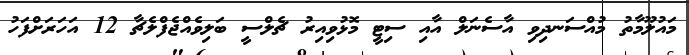
މައުލޫމާތު މުއްސަނދިވި އާސެނަލް އާއި ސިޓީ މޮޅުވިއިރު ޗެލްސީ ބަލިވެއްޖެފްލެޗާ 12 އަހަރަށްފަހު